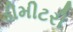
ડીમીટરી